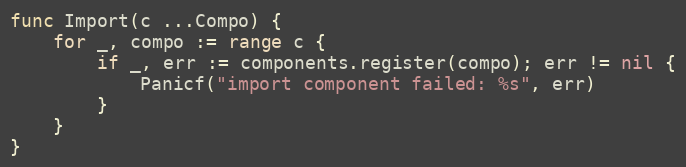
Language: Go
func Import(c ...Compo) {
	for _, compo := range c {
		if _, err := components.register(compo); err != nil {
			Panicf("import component failed: %s", err)
		}
	}
}